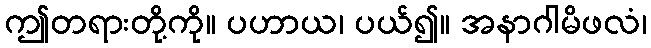
ဤတရားတို့ကို။ ပဟာယ၊ ပယ်၍။ အနာဂါမိဖလံ၊